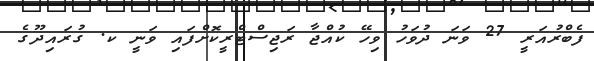
ފެބްރުއަރީ 27 ވަނަ ދުވަހު ވިހޭ ކުއްޖާ ރަޖިސްޓްރީކޮށްފައި ވަނީ ކ. ގުރައިދޫގެ